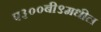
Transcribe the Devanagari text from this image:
ए३००बी९मधील